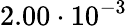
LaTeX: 2.00\cdot 10^{-3}